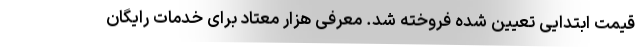
قیمت ابتدایی تعیین شده فروخته شد. معرفی هزار معتاد برای خدمات رایگان